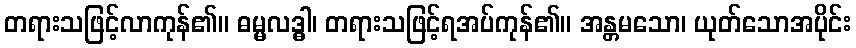
တရားသဖြင့်လာကုန်၏။ ဓမ္မလဒ္ဓါ၊ တရားသဖြင့်ရအပ်ကုန်၏။ အန္တမသော၊ ယုတ်သောအပိုင်း